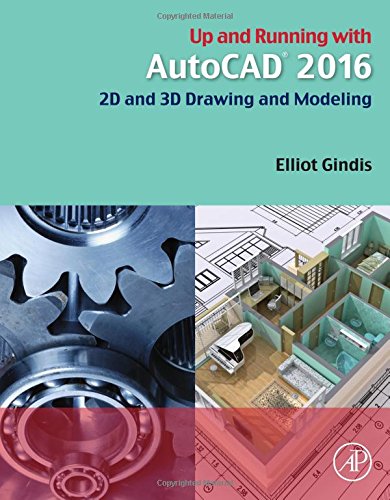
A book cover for Up and Running with AutoCAD 2016: 2D and 3D Drawing and Modeling; Elliot Gindis; Computers & Technology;